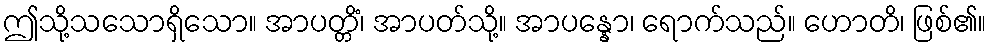
ဤသို့သသောရှိသော။ အာပတ္တိံ၊ အာပတ်သို့။ အာပန္နော၊ ရောက်သည်။ ဟောတိ၊ ဖြစ်၏။